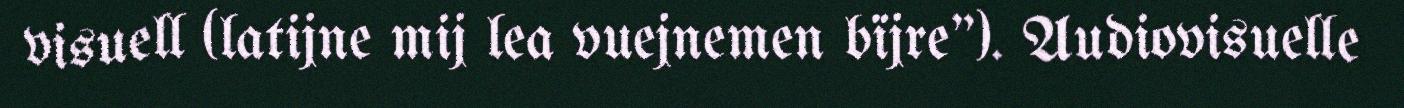
visuell (latijne mij lea vuejnemen bïjre"). Audiovisuelle